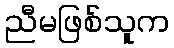
ညီမဖြစ်သူက